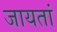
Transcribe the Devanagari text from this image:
जायतां